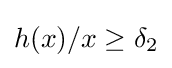
h(x)/x\geq \delta _{2}